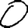
Digit: 0